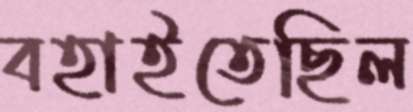
বহাইতেছিল